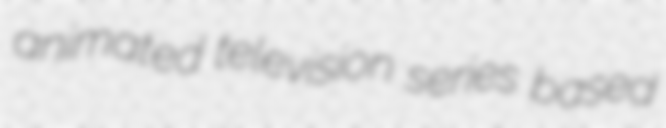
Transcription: animated television series based